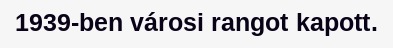
1939-ben városi rangot kapott.